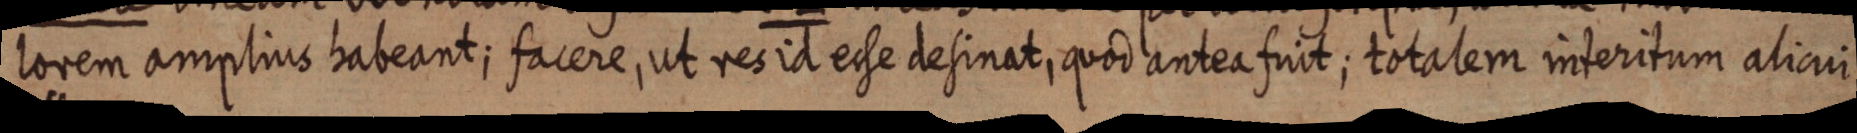
lorem amplius habeant; facere, ut res id esse desinat, quod antea fuit; totalem interitum alicui